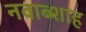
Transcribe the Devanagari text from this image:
नवाब्शाह